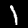
Digit: 1